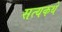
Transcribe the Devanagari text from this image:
सत्यकथे